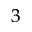
^ { 3 }